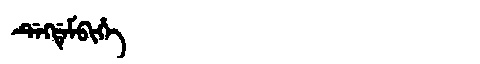
Manchu: ᡩᡝᡴᡩᡝᠮᠪᡳᡥᡝ
Romanization: DEKDEMBIHE